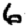
Digit: 6